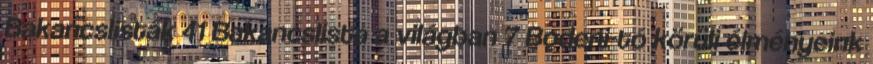
Bakancslisták 41 Bakancslista a világban 7 Bodeni-tó körüli élményeink